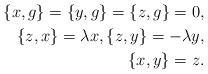
LaTeX: \begin{align*}\{x, g\}=\{y, g\}=\{z, g\}=0,\\\{z, x\}=\lambda x, \{z, y\}=-\lambda y, \\\{x, y\}=z.\end{align*}